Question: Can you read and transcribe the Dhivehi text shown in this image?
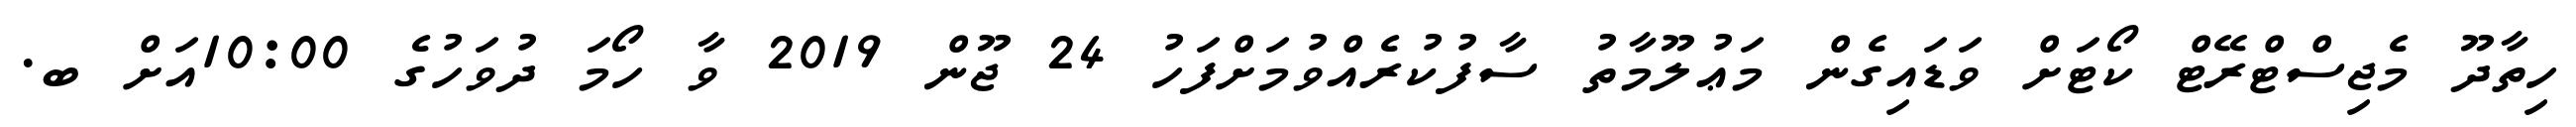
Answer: ހިތާދޫ މެޖިސްޓްރޭޓް ކޯޓަށް ވަޑައިގެން މަޢުލޫމާތު ސާފުކުރެއްވުމަށްފަހު 24 ޖޫން 2019 ވާ ހޯމަ ދުވަހުގެ 10:00އަށް ބ.